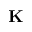
{ \bf K }